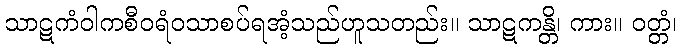
သာဋကံဝါကစီဝရံဝသာစပ်ရအံ့သည်ဟူသတည်း။ သာဋကန္တိ၊ ကား။ ဝတ္တံ၊